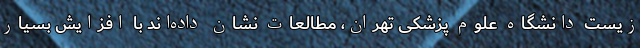
زیست دانشگاه علوم پزشکی تهران، مطالعات نشان داده‌اند با افزایش بسیار